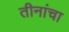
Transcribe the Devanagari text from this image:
तीनांचा